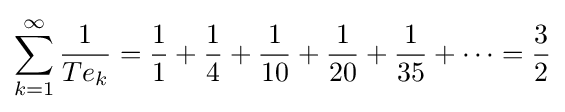
\sum _{k=1}^{\infty }{\frac {1}{Te_{k}}}={\frac {1}{1}}+{\frac {1}{4}}+{\frac {1}{10}}+{\frac {1}{20}}+{\frac {1}{35}}+\cdots ={\frac {3}{2}}